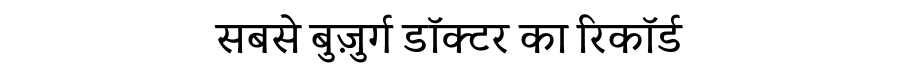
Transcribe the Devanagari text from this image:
सबसे बुज़ुर्ग डॉक्टर का रिकॉर्ड